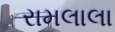
રામલાલા